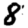
Digit: 8